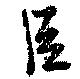
臣